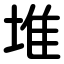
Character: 堆